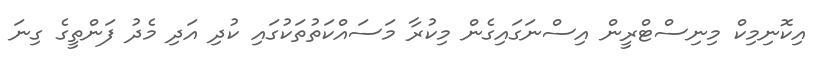
އިކޮނިމިކް މިނިސްޓްރީން އިސްނަގައިގެން މިކުރާ މަސައްކަތުތަކުގައި ކުދި އަދި މެދު ފަންތީގެ ގިނަ